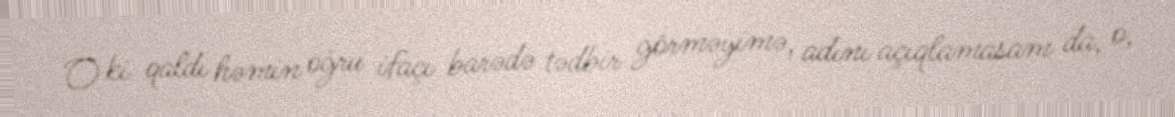
O ki qaldı həmin oğru ifaçı barədə tədbir görməyimə, adını açıqlamasam da, o,